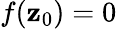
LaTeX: f(\mathbf{z}_{0})=0